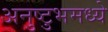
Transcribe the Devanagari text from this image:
अनुष्टुभमध्ये